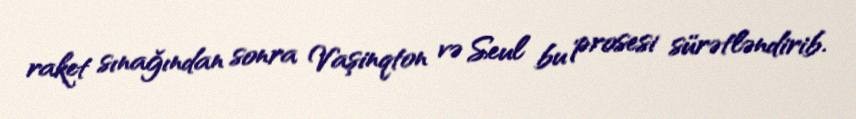
raket sınağından sonra Vaşinqton və Seul bu prosesi sürətləndirib.